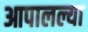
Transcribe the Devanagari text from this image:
आपालल्या